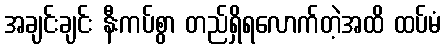
အချင်းချင်း နီးကပ်စွာ တည်ရှိရလောက်တဲ့အထိ ထပ်မံ